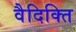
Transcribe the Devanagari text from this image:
वैदिक्ति